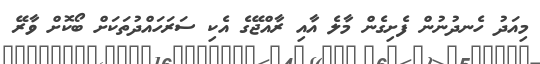
މިއަދު ހެނދުނުން ފެށިގެން މާލެ އާއި ރާއްޖޭގެ އެކި ސަރަހައްދުތަކަށް ބޯކޮށް ވާރޭ